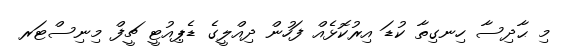
މި ޙާދިސާ ހިނގިތާ ކުޑަ އިރުކޮޅެއް ފަހުން ދިއްލީގެ ޑެޕިއުޓީ ޗީފް މިނިސްޓަރ